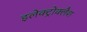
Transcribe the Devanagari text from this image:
इलेक्ट्रोक्लैश